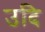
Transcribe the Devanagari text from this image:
उदि